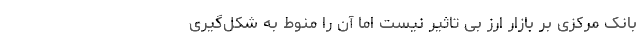
بانک مرکزی بر بازار ارز بی تاثیر نیست اما آن را منوط به شکل‌گیری